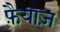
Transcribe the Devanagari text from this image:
फ़ैयाज़